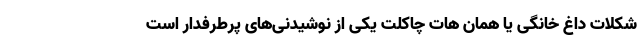
شکلات داغ خانگی یا همان هات چاکلت یکی از نوشیدنی‌های پرطرفدار است